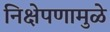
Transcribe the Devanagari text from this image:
निक्षेपणामुळे